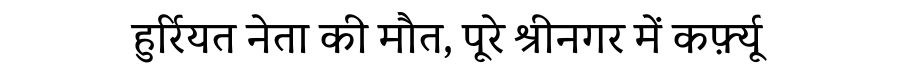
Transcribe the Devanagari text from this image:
हुर्रियत नेता की मौत, पूरे श्रीनगर में कर्फ़्यू